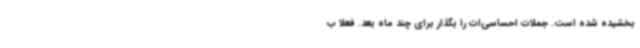
بخشیده شده است. جملات احساسی‌ات را بگذار برای چند ماه بعد. فعلا ب